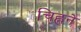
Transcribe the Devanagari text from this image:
चिह्नने